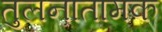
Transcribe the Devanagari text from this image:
तुलनातामक